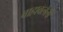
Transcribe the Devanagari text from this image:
वाहावलेली